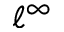
\ell ^ { \infty }